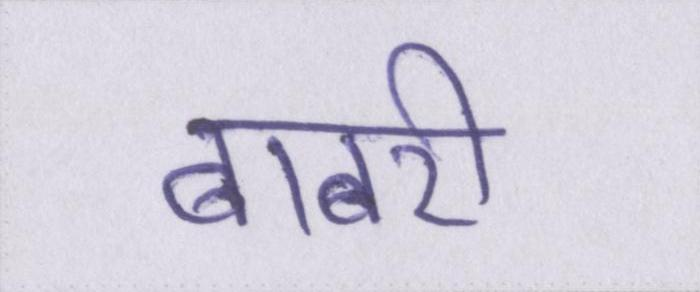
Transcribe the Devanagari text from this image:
बाबरी